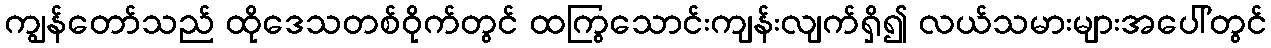
ကျွန်တော်သည် ထိုဒေသတစ်ဝိုက်တွင် ထကြွသောင်းကျန်းလျက်ရှိ၍ လယ်သမားများအပေါ်တွင်